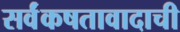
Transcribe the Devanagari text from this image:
सर्वंकषतावादाची